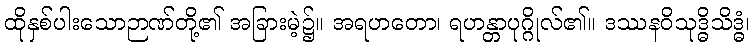
ထိုနှစ်ပါးသောဉာဏ်တို့၏ အခြားမဲ့၌။ အရဟတော၊ ရဟန္တာပုဂ္ဂိုလ်၏။ ဒဿနဝိသုဒ္ဓိသိဒ္ဓံ၊